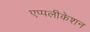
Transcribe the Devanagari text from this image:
एप्पलीकेशन